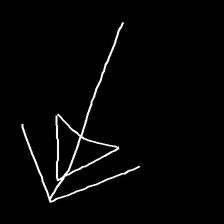
Glyph: pull